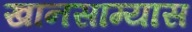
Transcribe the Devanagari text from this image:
खानसाम्यास